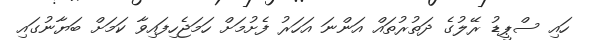
ހައި ސްޕީޑު ރޭލުގެ ދަތުރުތައް އަންނަ އަހަރު ފެށުމަށް ހަމަޖެހިފައިވާ ކަމަށް ބަޔާނުގައި